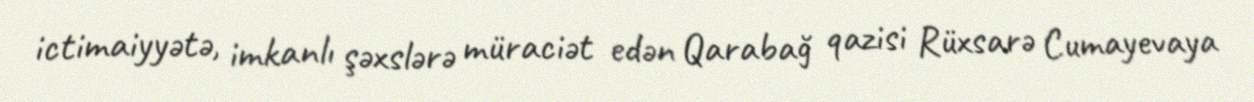
ictimaiyyətə, imkanlı şəxslərə müraciət edən Qarabağ qazisi Rüxsarə Cumayevaya